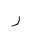
Letter: _ra